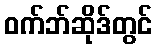
ဝက်ဘ်ဆိုဒ်တွင်